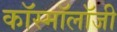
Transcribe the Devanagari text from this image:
कॉस्मॉलॉजी